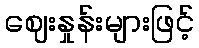
ဈေးနှုန်းများဖြင့်